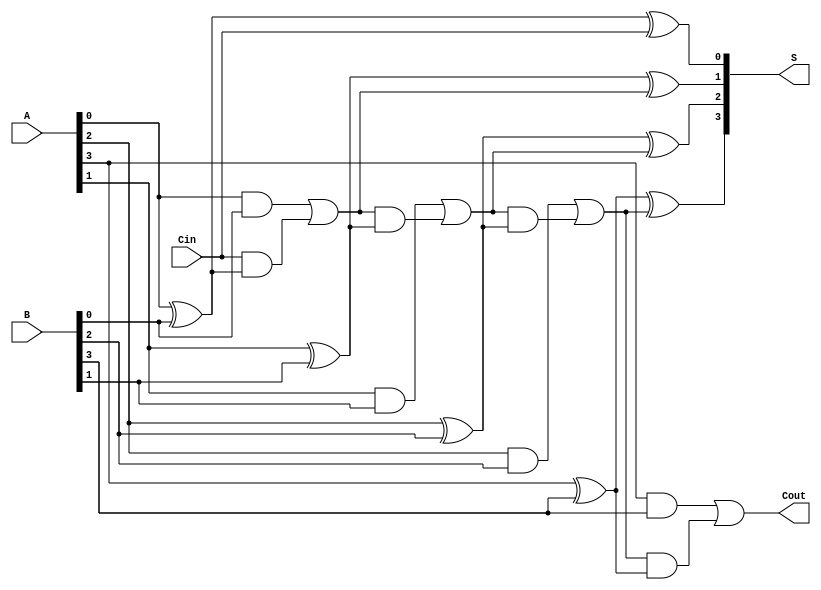
module conditional_sum_adder #(parameter N = 4) (
    input  [N-1:0] A,      // First n-bit input
    input  [N-1:0] B,      // Second n-bit input
    input          Cin,     // Carry input
    output [N-1:0] S,      // n-bit sum output
    output         Cout      // Carry output
);

// Internal wires for carry generation and propagation
wire [N:0] C;           // Carry bits
wire [N-1:0] S_temp;    // Temporary sum bits

// Generate carry signals
genvar i;
generate
    // Half adder for the least significant bit
    assign S_temp[0] = A[0] ^ B[0] ^ Cin;
    assign C[0] = (A[0] & B[0]) | (Cin & (A[0] ^ B[0]));

    // Full adders for the remaining bits
    for (i = 1; i < N; i = i + 1) begin : full_adder
        assign S_temp[i] = A[i] ^ B[i] ^ C[i-1];
        assign C[i] = (A[i] & B[i]) | (C[i-1] & (A[i] ^ B[i]));
    end
endgenerate

// Final carry out
assign Cout = C[N-1];

// Final sum output
assign S = S_temp;

endmodule